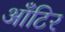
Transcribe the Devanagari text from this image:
आँटिर